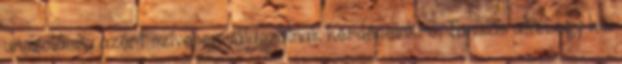
unszolásra azért szívesen válaszolnak kérdéseinkre. Tanulás után egy kis